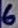
Text: 6